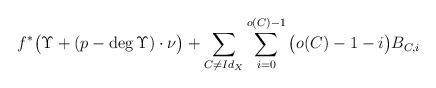
LaTeX: \begin{align*}f^{*}\big(\Upsilon+(p-\deg\Upsilon)\cdot\nu\big)+\sum_{C \neq Id_{X}}\sum_{i=0}^{o(C)-1}\big(o(C)-1-i\big)B_{C,i} \end{align*}